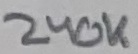
Text: 240K